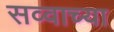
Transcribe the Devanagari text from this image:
सव्वाच्या